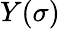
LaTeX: Y(\sigma)